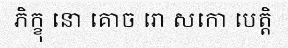
ភិក្ខុ នោ គោច រោ សកោ បេត្តិ